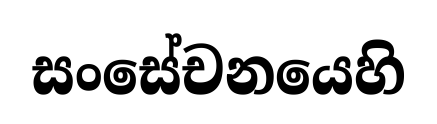
සංසේචනයෙහි